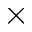
\times